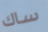
ساك